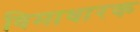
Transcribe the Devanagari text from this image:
विमाधारक